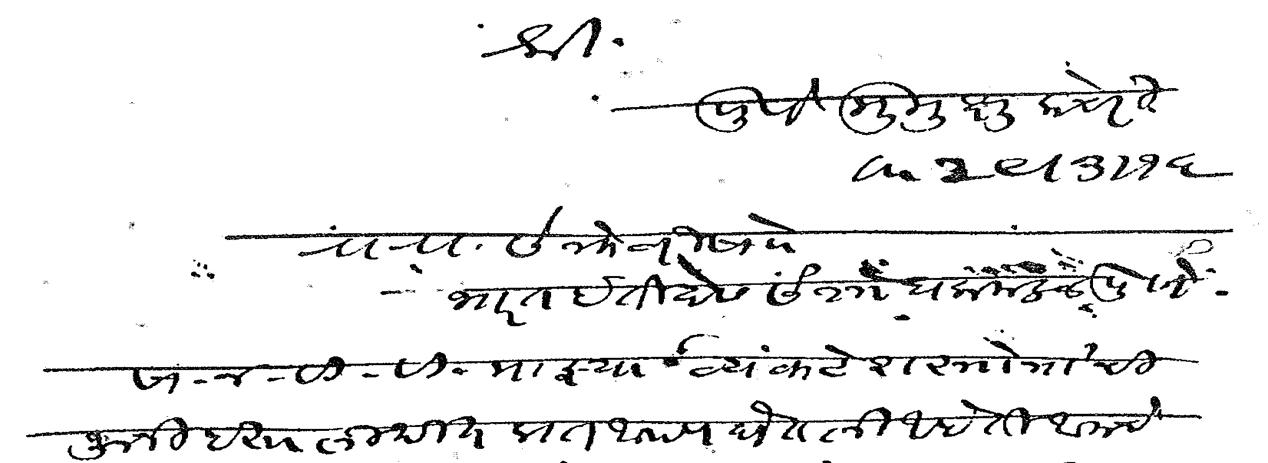
Transliteration (Devanagari): श्री पुणे मुमुक्षु कचेरी ता २९ ३ १६ रा रा सेक्रेटरी सो भारत इतिहास संशोधक मंडळ पुणे सा न वि वि माझ्या व्यंकटेश स्तोत्राची जुनी हस्तलिखित प्रत आपण घेतली आहे ती आमचे